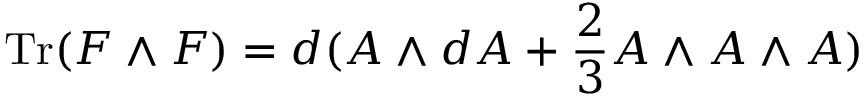
\mathrm { T r } ( F \wedge F ) = d ( A \wedge d A + { \frac { 2 } { 3 } } A \wedge A \wedge A )